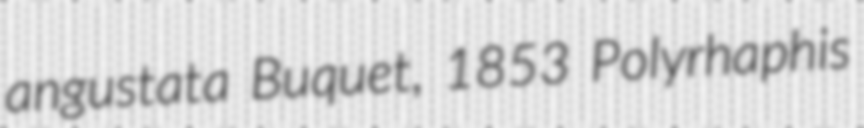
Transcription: angustata Buquet, 1853 Polyrhaphis